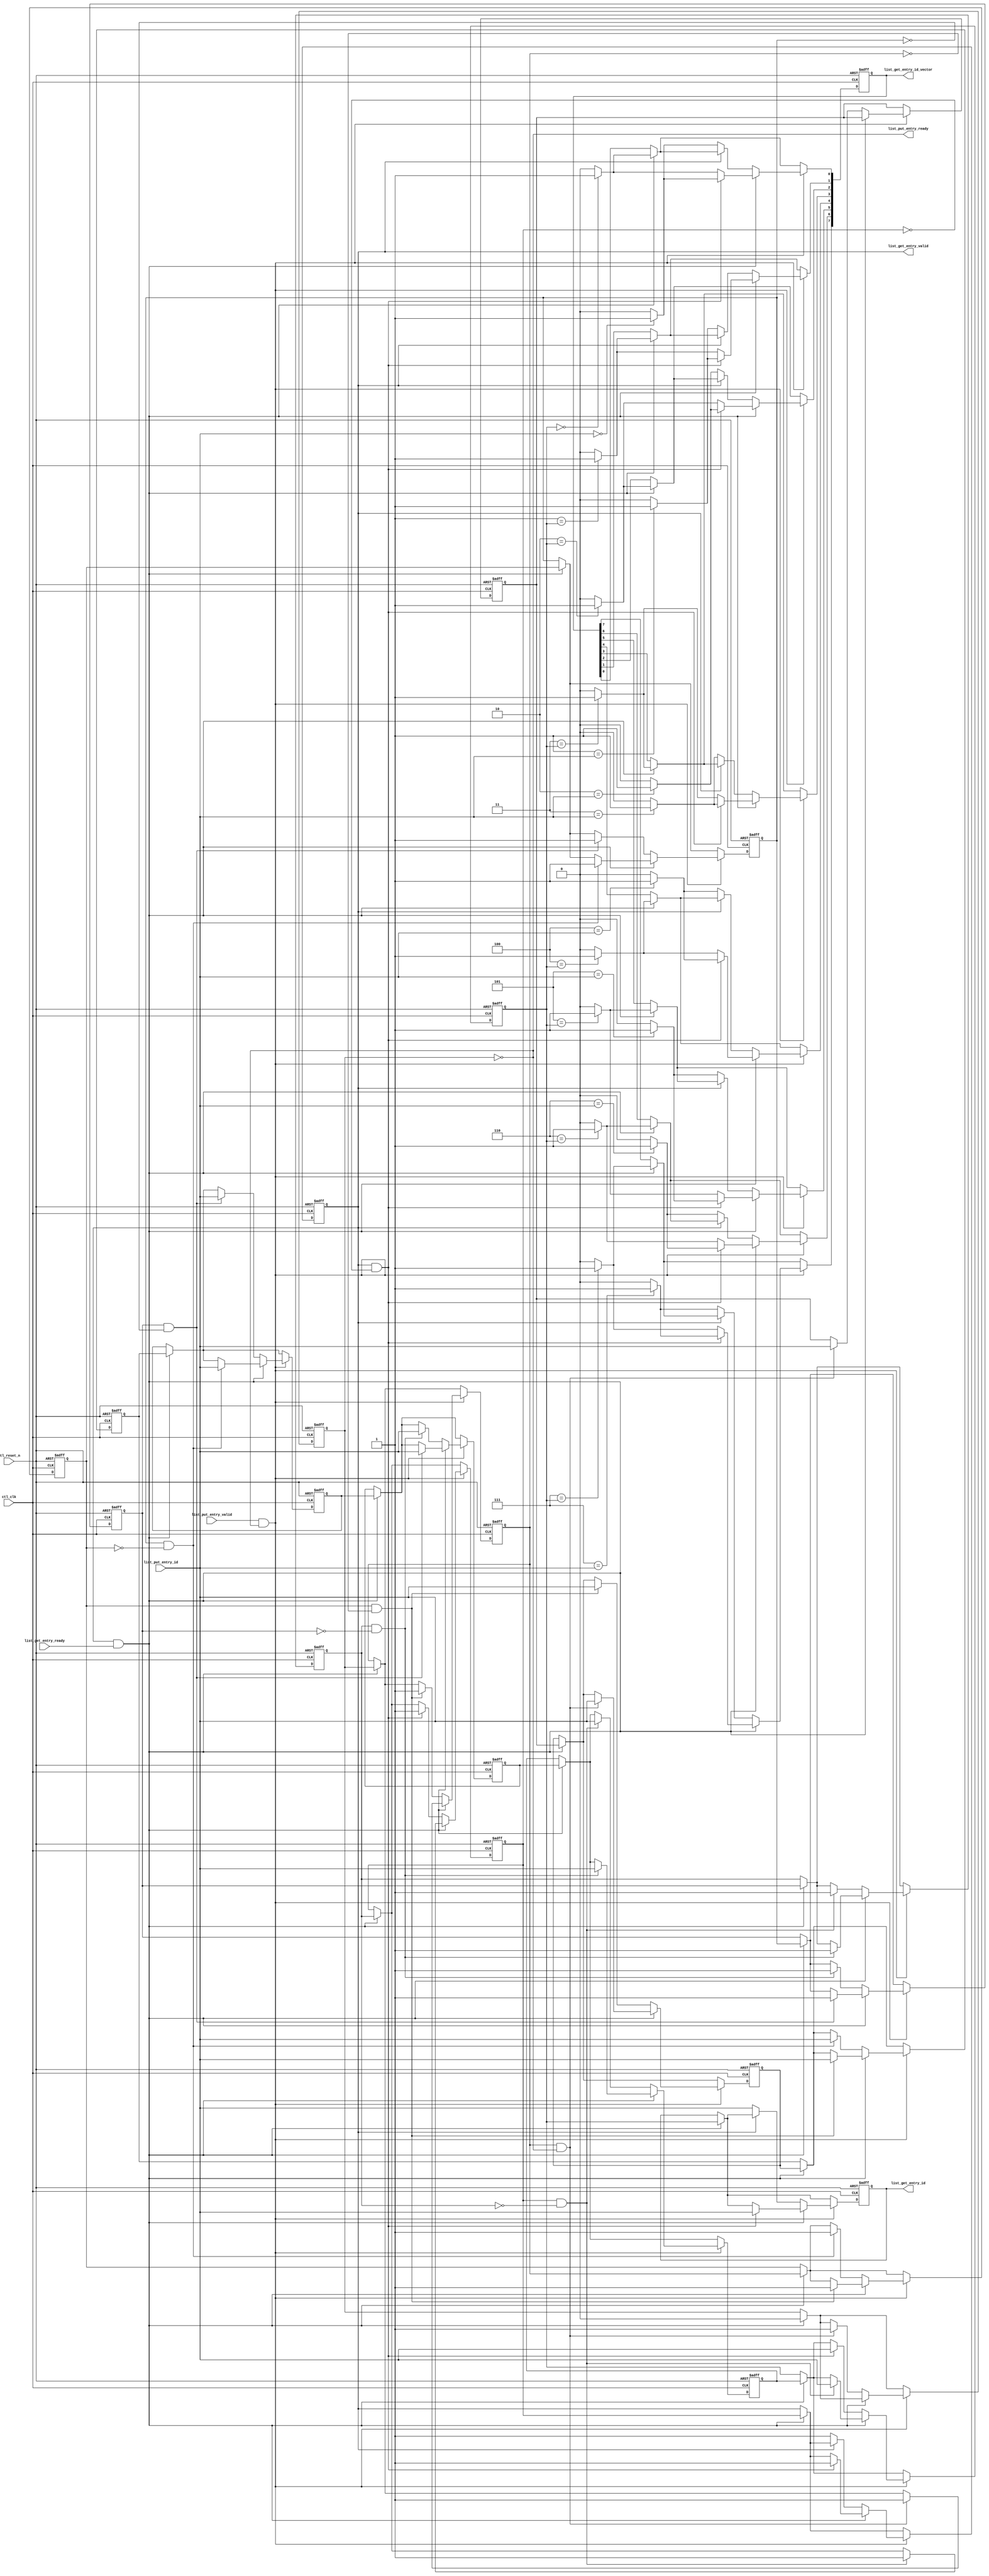
// This program was cloned from: https://github.com/myriadrf/LimeSDR-PCIe_GW
// License: Apache License 2.0


//altera message_off 10230

`timescale 1 ps / 1 ps

module alt_mem_ddrx_list
# (
    // module parameter port list
    parameter
        CTL_LIST_WIDTH              =    3,        // number of dram commands that can be tracked at a time
        CTL_LIST_DEPTH              =    8,
        CTL_LIST_INIT_VALUE_TYPE    =    "INCR",   // INCR, ZERO
        CTL_LIST_INIT_VALID         =    "VALID"   // VALID, INVALID
)
(
    // port list
    ctl_clk,
    ctl_reset_n,

    // pop free list
    list_get_entry_valid,
    list_get_entry_ready,
    list_get_entry_id,   
    list_get_entry_id_vector,

    // push free list
    list_put_entry_valid,
    list_put_entry_ready,
    list_put_entry_id   

);

    // -----------------------------
    // port declaration
    // -----------------------------

    input                               ctl_clk;
    input                               ctl_reset_n;

    // pop free list
    input                               list_get_entry_ready;
    output                              list_get_entry_valid;
    output [CTL_LIST_WIDTH-1:0]         list_get_entry_id;
    output [CTL_LIST_DEPTH-1:0]         list_get_entry_id_vector;

    // push free list
    output                              list_put_entry_ready;
    input                               list_put_entry_valid;
    input [CTL_LIST_WIDTH-1:0]          list_put_entry_id;


    // -----------------------------
    // port type declaration
    // -----------------------------

    reg                                 list_get_entry_valid;
    wire                                list_get_entry_ready;
    reg  [CTL_LIST_WIDTH-1:0]           list_get_entry_id;   
    reg  [CTL_LIST_DEPTH-1:0]           list_get_entry_id_vector;

    wire                                list_put_entry_valid;
    reg                                 list_put_entry_ready;
    wire [CTL_LIST_WIDTH-1:0]           list_put_entry_id;

    // -----------------------------
    // signal declaration
    // -----------------------------

    reg [CTL_LIST_WIDTH-1:0]            list          [CTL_LIST_DEPTH-1:0];
    reg                                 list_v        [CTL_LIST_DEPTH-1:0];
    reg [CTL_LIST_DEPTH-1:0]            list_vector;

    wire                                list_get = list_get_entry_valid & list_get_entry_ready;
    wire                                list_put = list_put_entry_valid & list_put_entry_ready;

    // -----------------------------
    // module definition
    // -----------------------------

    // generate interface signals
    always @ (*) 
    begin
        // connect interface signals to list head & tail
        list_get_entry_valid     = list_v[0];
        list_get_entry_id        = list[0];
        list_get_entry_id_vector = list_vector;
        list_put_entry_ready     = ~list_v[CTL_LIST_DEPTH-1];
    end

    // list put & get management
    integer i; 
    always @ (posedge ctl_clk or negedge ctl_reset_n) 
    begin
        if (~ctl_reset_n)
        begin
            for (i = 0; i < CTL_LIST_DEPTH; i = i + 1'b1)
            begin
                // initialize every entry
                if (CTL_LIST_INIT_VALUE_TYPE == "INCR")
                begin
                    list           [i]     <= i;
                end
                else
                begin
                    list           [i]     <= {CTL_LIST_WIDTH{1'b0}};
                end

                if (CTL_LIST_INIT_VALID == "VALID")
                begin
                    list_v         [i]     <= 1'b1;
                end
                else
                begin
                    list_v         [i]     <= 1'b0;
                end

            end
            
            list_vector <= {CTL_LIST_DEPTH{1'b0}};
        end
        else
        begin
            // get request code must be above put request code
            if (list_get)
            begin
                // on a get request, list is shifted to move next entry to head
                for (i = 1; i < CTL_LIST_DEPTH; i = i + 1'b1)
                begin
                    list_v     [i-1]   <=  list_v [i];
                    list       [i-1]   <=  list   [i];
                end

                    list_v     [CTL_LIST_DEPTH-1]   <=  0;
                
                for (i = 0; i < CTL_LIST_DEPTH;i = i + 1'b1)
                begin
                    if (i == list [1])
                    begin
                        list_vector [i] <= 1'b1;
                    end
                    else
                    begin
                        list_vector [i] <= 1'b0;
                    end
                end
            end

            if (list_put)
            begin
                // on a put request, next empty list entry is written
                
                if (~list_get)
                begin
                    // put request only
                    for (i = 1; i < CTL_LIST_DEPTH; i = i + 1'b1)
                    begin
                        if ( list_v[i-1] & ~list_v[i])
                        begin
                            list_v     [i]   <=  1'b1;
                            list       [i]   <=  list_put_entry_id;
                        end
                    end
                    if (~list_v[0])
                    begin
                        list_v     [0]   <=  1'b1;
                        list       [0]   <=  list_put_entry_id;
                        
                        for (i = 0; i < CTL_LIST_DEPTH;i = i + 1'b1)
                        begin
                            if (i == list_put_entry_id)
                            begin
                                list_vector [i] <= 1'b1;
                            end
                            else
                            begin
                                list_vector [i] <= 1'b0;
                            end
                        end
                    end
                end
                else
                begin
                    // put & get request on same cycle
                    for (i = 1; i < CTL_LIST_DEPTH; i = i + 1'b1)
                    begin
                        if (list_v[i-1] & ~list_v[i])
                        begin
                            list_v     [i-1]   <=  1'b1;
                            list       [i-1]   <=  list_put_entry_id;
                        end
                    end
                    // if (~list_v[0])
                    // begin
                    //     $display("error - list underflow");
                    // end
                    
                    for (i = 0; i < CTL_LIST_DEPTH;i = i + 1'b1)
                    begin
                        if (list_v[0] & ~list_v[1])
                        begin
                            if (i == list_put_entry_id)
                            begin
                                list_vector [i] <= 1'b1;
                            end
                            else
                            begin
                                list_vector [i] <= 1'b0;
                            end
                        end
                        else
                        begin
                            if (i == list [1])
                            begin
                                list_vector [i] <= 1'b1;
                            end
                            else
                            begin
                                list_vector [i] <= 1'b0;
                            end
                        end
                    end
                end

            end

        end
    end

endmodule